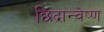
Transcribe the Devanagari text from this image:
छिद्रान्वेष्ण